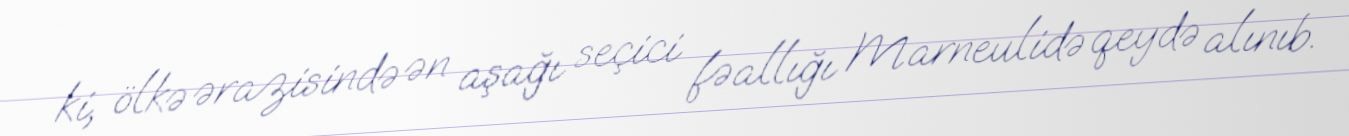
ki, ölkə ərazisində ən aşağı seçici fəallığı Marneulidə qeydə alınıb.